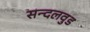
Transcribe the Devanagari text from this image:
सन्दलवुड